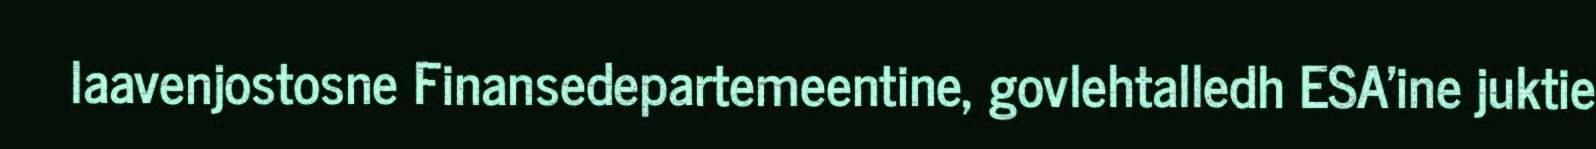
laavenjostosne Finansedepartemeentine, govlehtalledh ESA'ine juktie